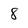
Character: 8